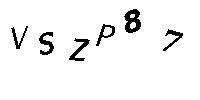
VSZP87